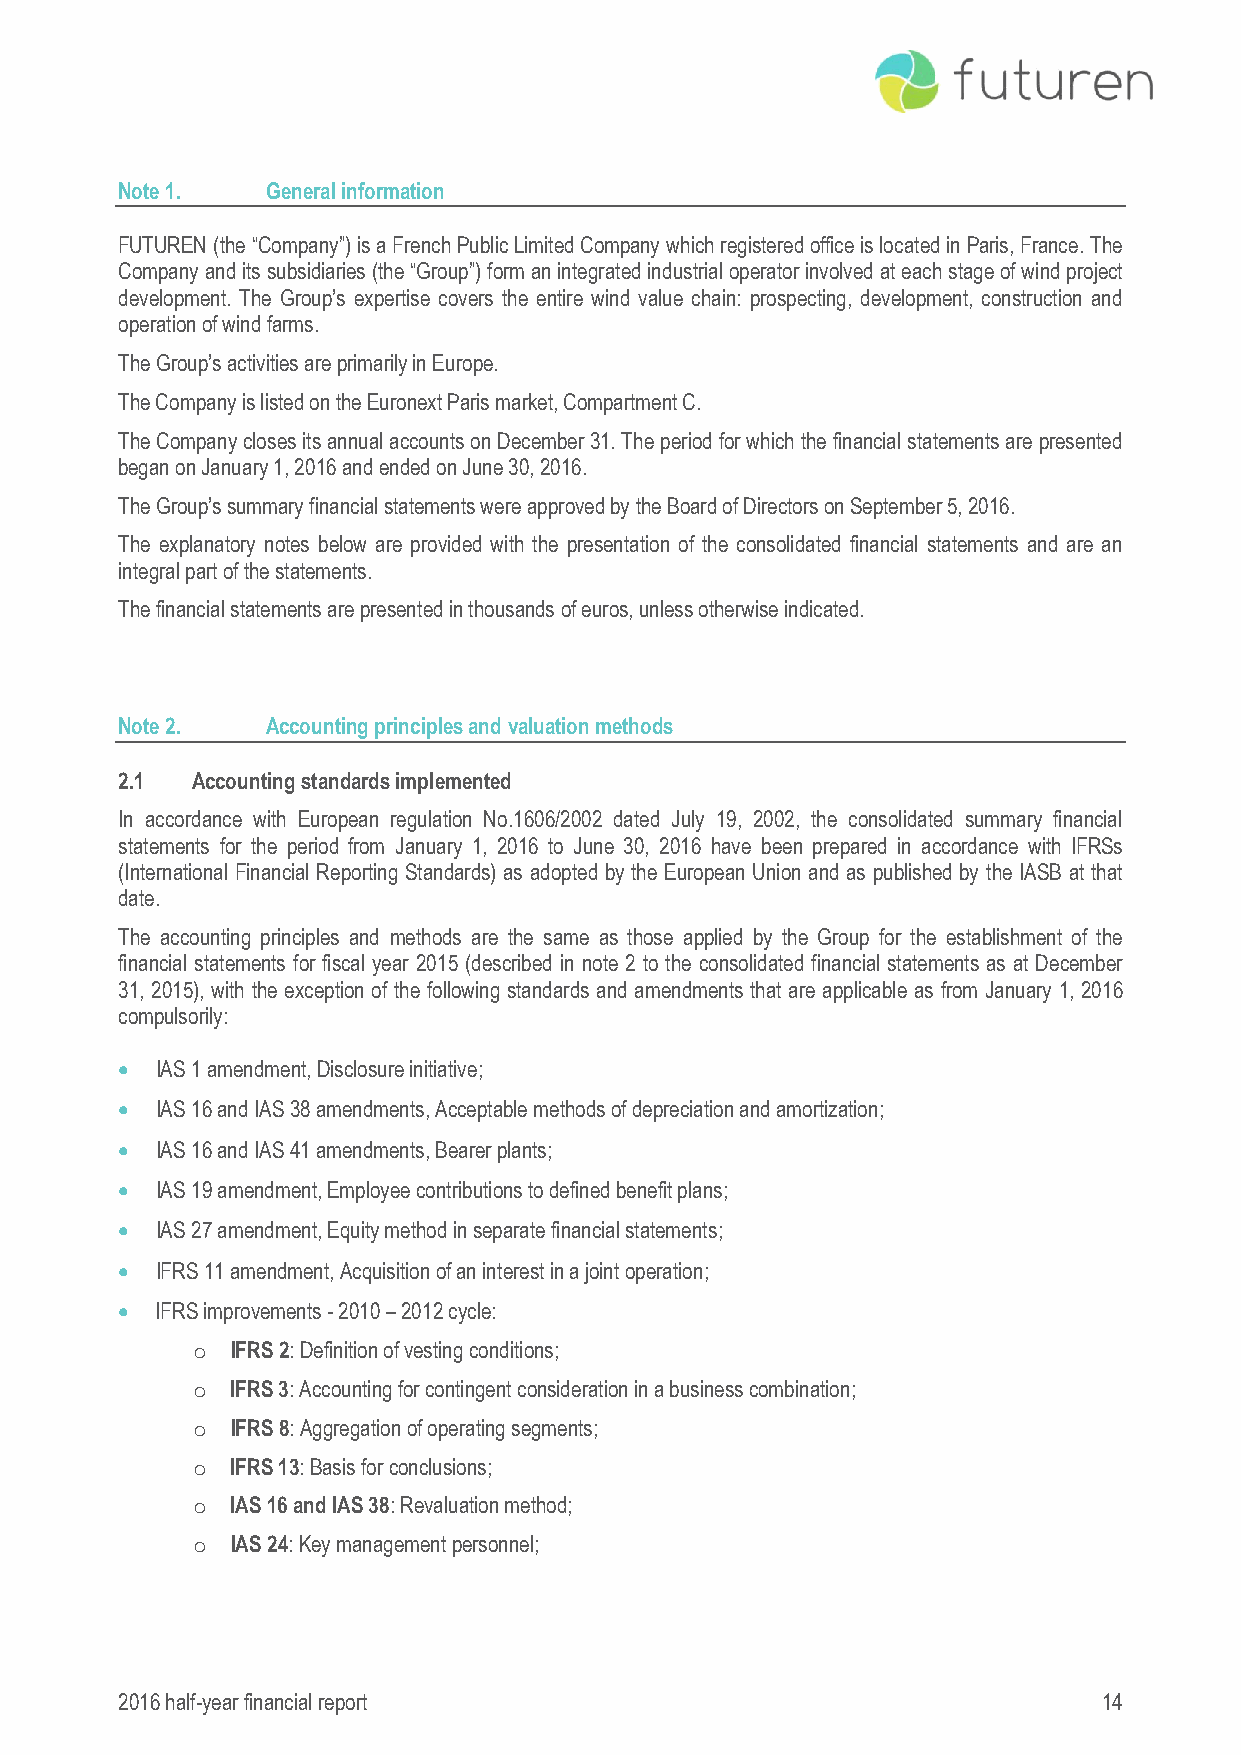
Note 1.   General information
 FUTUREN (the “Company”) is a French Public Limited Company which registered office is located in Paris, France. The
 Company and its subsidiaries (the “Group”) form an integrated industrial operator involved at each stage of wind project
 development. The Group’s expertise covers the entire wind value chain: prospecting, development, construction and
 operation of wind farms.
 The Group’s activities are primarily in Europe.
 The Company is listed on the Euronext Paris market, Compartment C.
 The Company closes its annual accounts on December 31. The period for which the financial statements are presented
 began on January 1, 2016 and ended on June 30, 2016.
 The Group’s summary financial statements were approved by the Board of Directors on September 5, 2016.
 The explanatory notes below are provided with the presentation of the consolidated financial statements and are an
 integral part of the statements.
 The financial statements are presented in thousands of euros, unless otherwise indicated.
 Note 2.   Accounting principles and valuation methods
 2.1  Accounting standards implemented
 In accordance with European regulation No.1606/2002 dated July 19, 2002, the consolidated summary financial
 statements for the period from January 1, 2016 to June 30, 2016 have been prepared in accordance with IFRSs
 (International Financial Reporting Standards) as adopted by the European Union and as published by the IASB at that
 date.
 The accounting principles and methods are the same as those applied by the Group for the establishment of the
 financial statements for fiscal year 2015 (described in note 2 to the consolidated financial statements as at December
 31, 2015), with the exception of the following standards and amendments that are applicable as from January 1, 2016
 compulsorily:
  IAS 1 amendment, Disclosure initiative;
  IAS 16 and IAS 38 amendments, Acceptable methods of depreciation and amortization;
  IAS 16 and IAS 41 amendments, Bearer plants;
  IAS 19 amendment, Employee contributions to defined benefit plans;
  IAS 27 amendment, Equity method in separate financial statements;
  IFRS 11 amendment, Acquisition of an interest in a joint operation;
  IFRS improvements - 2010 – 2012 cycle:
 o IFRS 2: Definition of vesting conditions;
 o IFRS 3: Accounting for contingent consideration in a business combination;
 o IFRS 8: Aggregation of operating segments;
 o IFRS 13: Basis for conclusions;
 o IAS 16 and IAS 38: Revaluation method;
 o IAS 24: Key management personnel;
 2016 half-year financial report                                  14